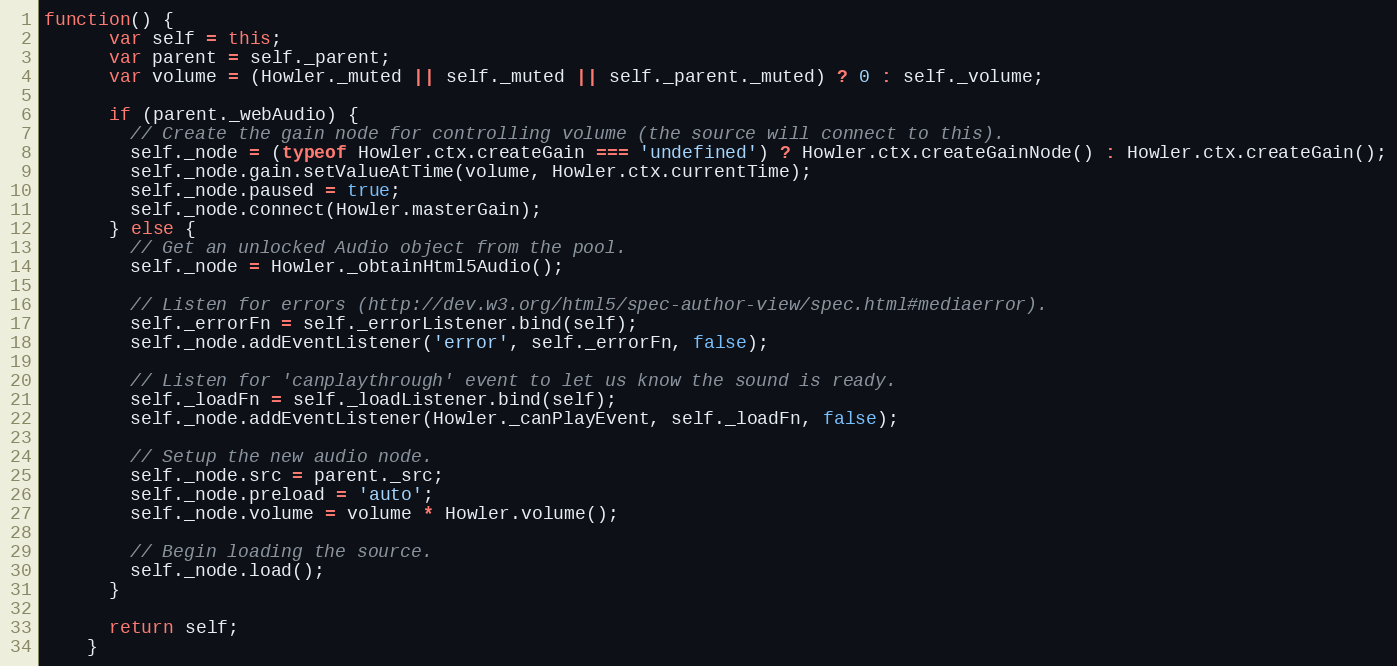
Language: JavaScript
function() {
      var self = this;
      var parent = self._parent;
      var volume = (Howler._muted || self._muted || self._parent._muted) ? 0 : self._volume;

      if (parent._webAudio) {
        // Create the gain node for controlling volume (the source will connect to this).
        self._node = (typeof Howler.ctx.createGain === 'undefined') ? Howler.ctx.createGainNode() : Howler.ctx.createGain();
        self._node.gain.setValueAtTime(volume, Howler.ctx.currentTime);
        self._node.paused = true;
        self._node.connect(Howler.masterGain);
      } else {
        // Get an unlocked Audio object from the pool.
        self._node = Howler._obtainHtml5Audio();

        // Listen for errors (http://dev.w3.org/html5/spec-author-view/spec.html#mediaerror).
        self._errorFn = self._errorListener.bind(self);
        self._node.addEventListener('error', self._errorFn, false);

        // Listen for 'canplaythrough' event to let us know the sound is ready.
        self._loadFn = self._loadListener.bind(self);
        self._node.addEventListener(Howler._canPlayEvent, self._loadFn, false);

        // Setup the new audio node.
        self._node.src = parent._src;
        self._node.preload = 'auto';
        self._node.volume = volume * Howler.volume();

        // Begin loading the source.
        self._node.load();
      }

      return self;
    }